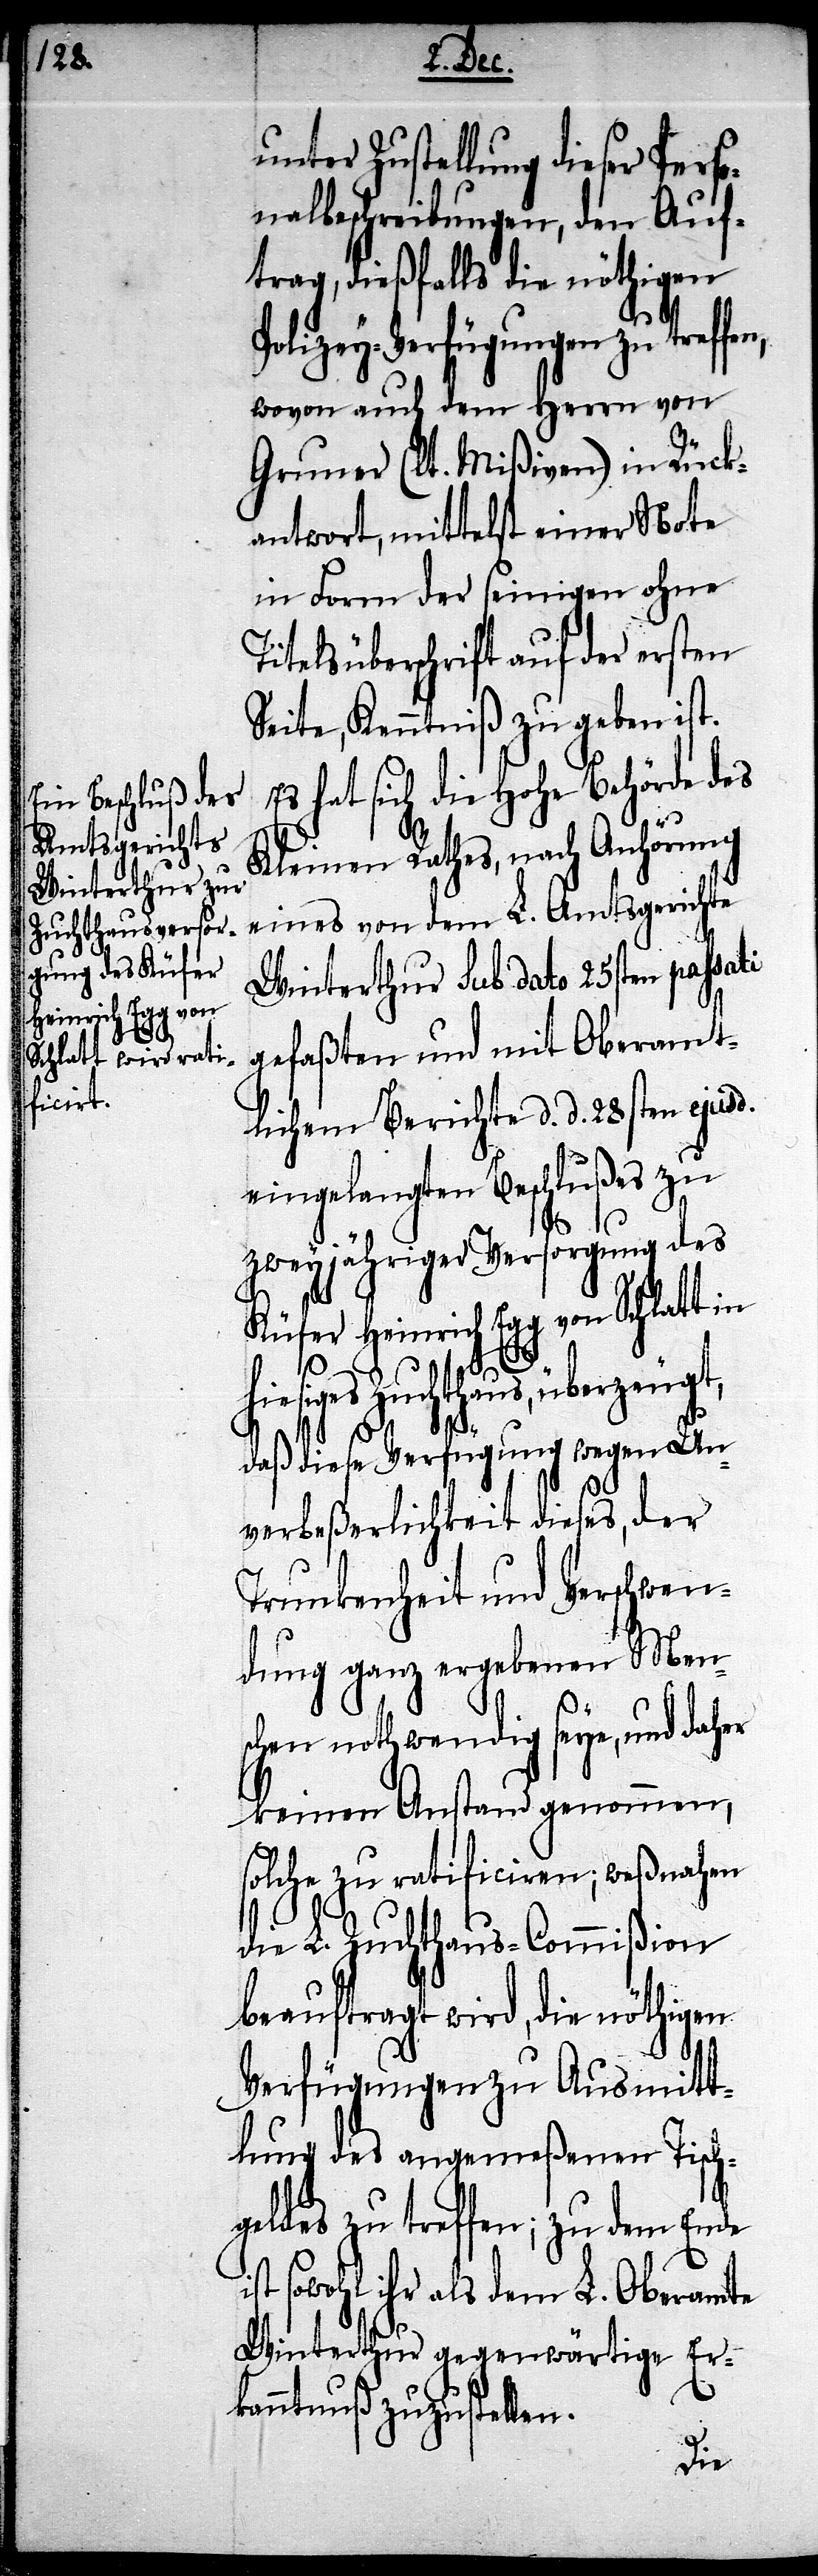
Heinrich Egg von

unter Zustellung dieser Perso¬
nalbeschreibungen, den Auf¬
trag, dießfalls die nöthigen
Polizey-Verfügungen zu treffen,
wovon auch dem Herrn von
Gruner (lt. Mißiven) in Rück¬
antwort, mittelst einer Note
in Form der seinigen ohne
Titelsüberschrift auf der ersten
Seite, Kenntniß zu geben ist.
Es hat sich die Hohe Behörde des
Kleinen Rathes, nach Anhörung
eines von dem L. Amtsgerichte
Winterthur sub dato 25sten passati
gefaßten und mit Oberamt¬
lichem Berichte d. d. 28sten ejusd.
eingelangten Beschlußes zu
zweyjähriger Versorgung des
hiesiges Zuchthaus, überzeugt,
daß diese Verfügung wegen Un¬
verbeßerlichkeit dieses, der
Trunkenheit und Verschwen¬
dung ganz ergebenen Men¬
schen nothwendig seye, und daher
keinen Anstand genommen,
solche zu ratificiren; weßnahen
die L. Zuchthaus-Commißion
beauftragt wird, die nöthigen
Verfügungen zu Ausmitt¬
lung des angemeßenen Tisch¬
geldes zu treffen; zu dem Ende
sowohl ihr als dem L. Oberamte
Winterthur gegenwärtige Er¬
kanntnuß zuzustellen.